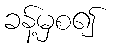
ခန့်မှစ၍